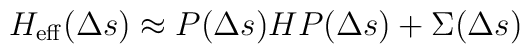
H_{\rm eff}(\Delta s) \approx P(\Delta s)HP(\Delta s) + \Sigma(\Delta s)